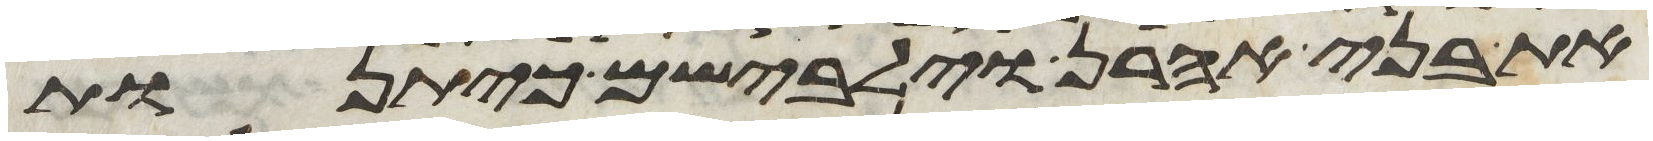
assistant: את בני אהרן וילבשם כיתנות